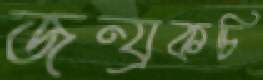
জন্য্রকচি